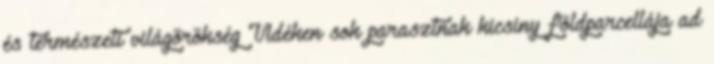
és természeti világörökség Vidéken sok parasztnak kicsiny földparcellája ad